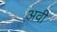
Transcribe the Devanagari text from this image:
अवी